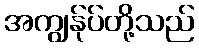
အကျွန်ုပ်တို့သည်